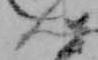
ん